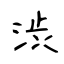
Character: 渋